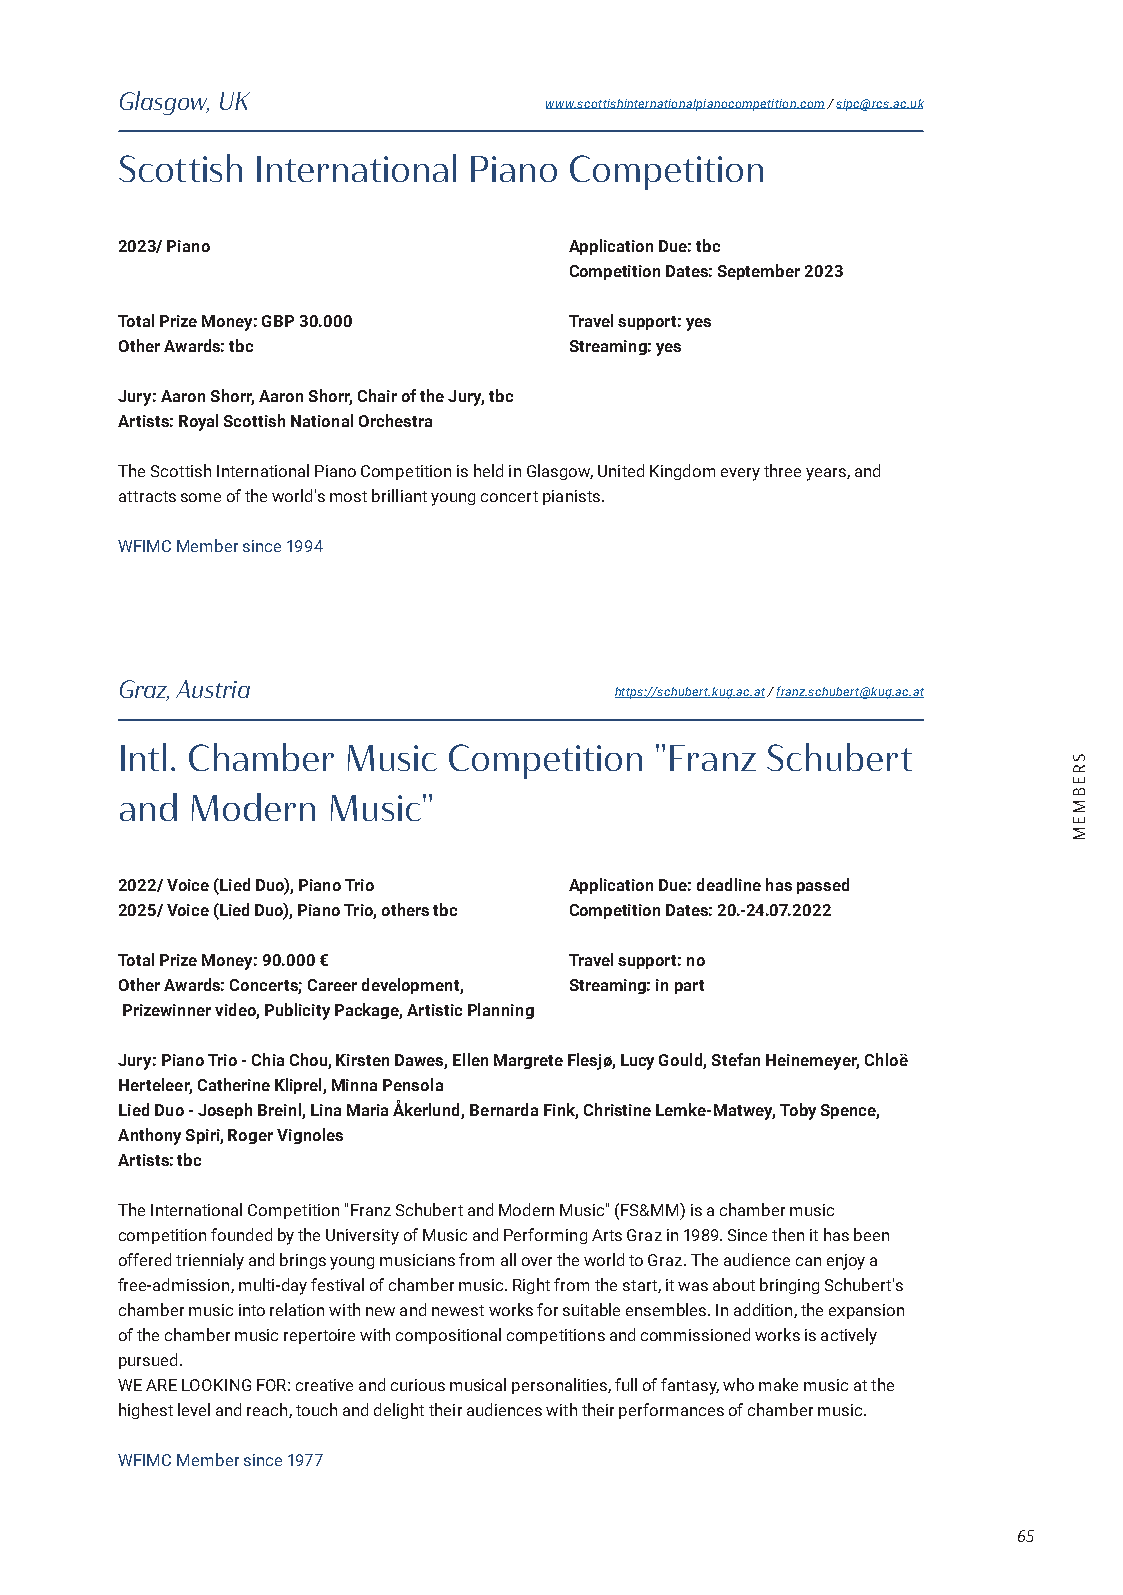
Glasgow, UK
 www.scottishinternationalpianocompetition.com / sipc@rcs.ac.uk
 Scottish International Piano  Competition
 2023/ Piano                   Application Due: tbc
 Competition Dates: September 2023
 Total Prize Money: GBP 30.000 Travel support: yes
 Other Awards: tbc             Streaming: yes
 Jury: Aaron Shorr, Aaron Shorr, Chair of the Jury, tbc
 Artists: Royal Scottish National Orchestra
 The Scottish International Piano Competition is held in Glasgow, United Kingdom every three years, and
 attracts some of the world's most brilliant young concert pianists.
 WFIMC Member since 1994
 Graz, Austria
 https://schubert.kug.ac.at / franz.schubert@kug.ac.at
 Intl. Chamber  Music  Competition  "Franz  Schubert
 and Modern    Music"
 2022/ Voice (Lied Duo), Piano Trio Application Due: deadline has passed
 2025/ Voice (Lied Duo), Piano Trio, others tbc Competition Dates: 20.-24.07.2022
 Total Prize Money: 90.000 €   Travel support: no
 Other Awards: Concerts; Career development, Streaming: in part
 Prizewinner video, Publicity Package, Artistic Planning
 Jury: Piano Trio - Chia Chou, Kirsten Dawes, Ellen Margrete Flesjø, Lucy Gould, Stefan Heinemeyer, Chloë
 Herteleer, Catherine Kliprel, Minna Pensola
 Lied Duo - Joseph Breinl, Lina Maria Åkerlund, Bernarda Fink, Christine Lemke-Matwey, Toby Spence,
 Anthony Spiri, Roger Vignoles
 Artists: tbc
 The International Competition "Franz Schubert and Modern Music" (FS&MM) is a chamber music
 competition founded by the University of Music and Performing Arts Graz in 1989. Since then it has been
 offered triennialy and brings young musicians from all over the world to Graz. The audience can enjoy a
 free-admission, multi-day festival of chamber music. Right from the start, it was about bringing Schubert's
 chamber music into relation with new and newest works for suitable ensembles. In addition, the expansion
 of the chamber music repertoire with compositional competitions and commissioned works is actively
 pursued.
 WE ARE LOOKING FOR: creative and curious musical personalities, full of fantasy, who make music at the
 highest level and reach, touch and delight their audiences with their performances of chamber music.
 WFIMC Member since 1977
 65
 SREBMEM